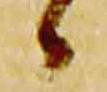
々